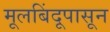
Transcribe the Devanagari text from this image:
मूलबिंदूपासून